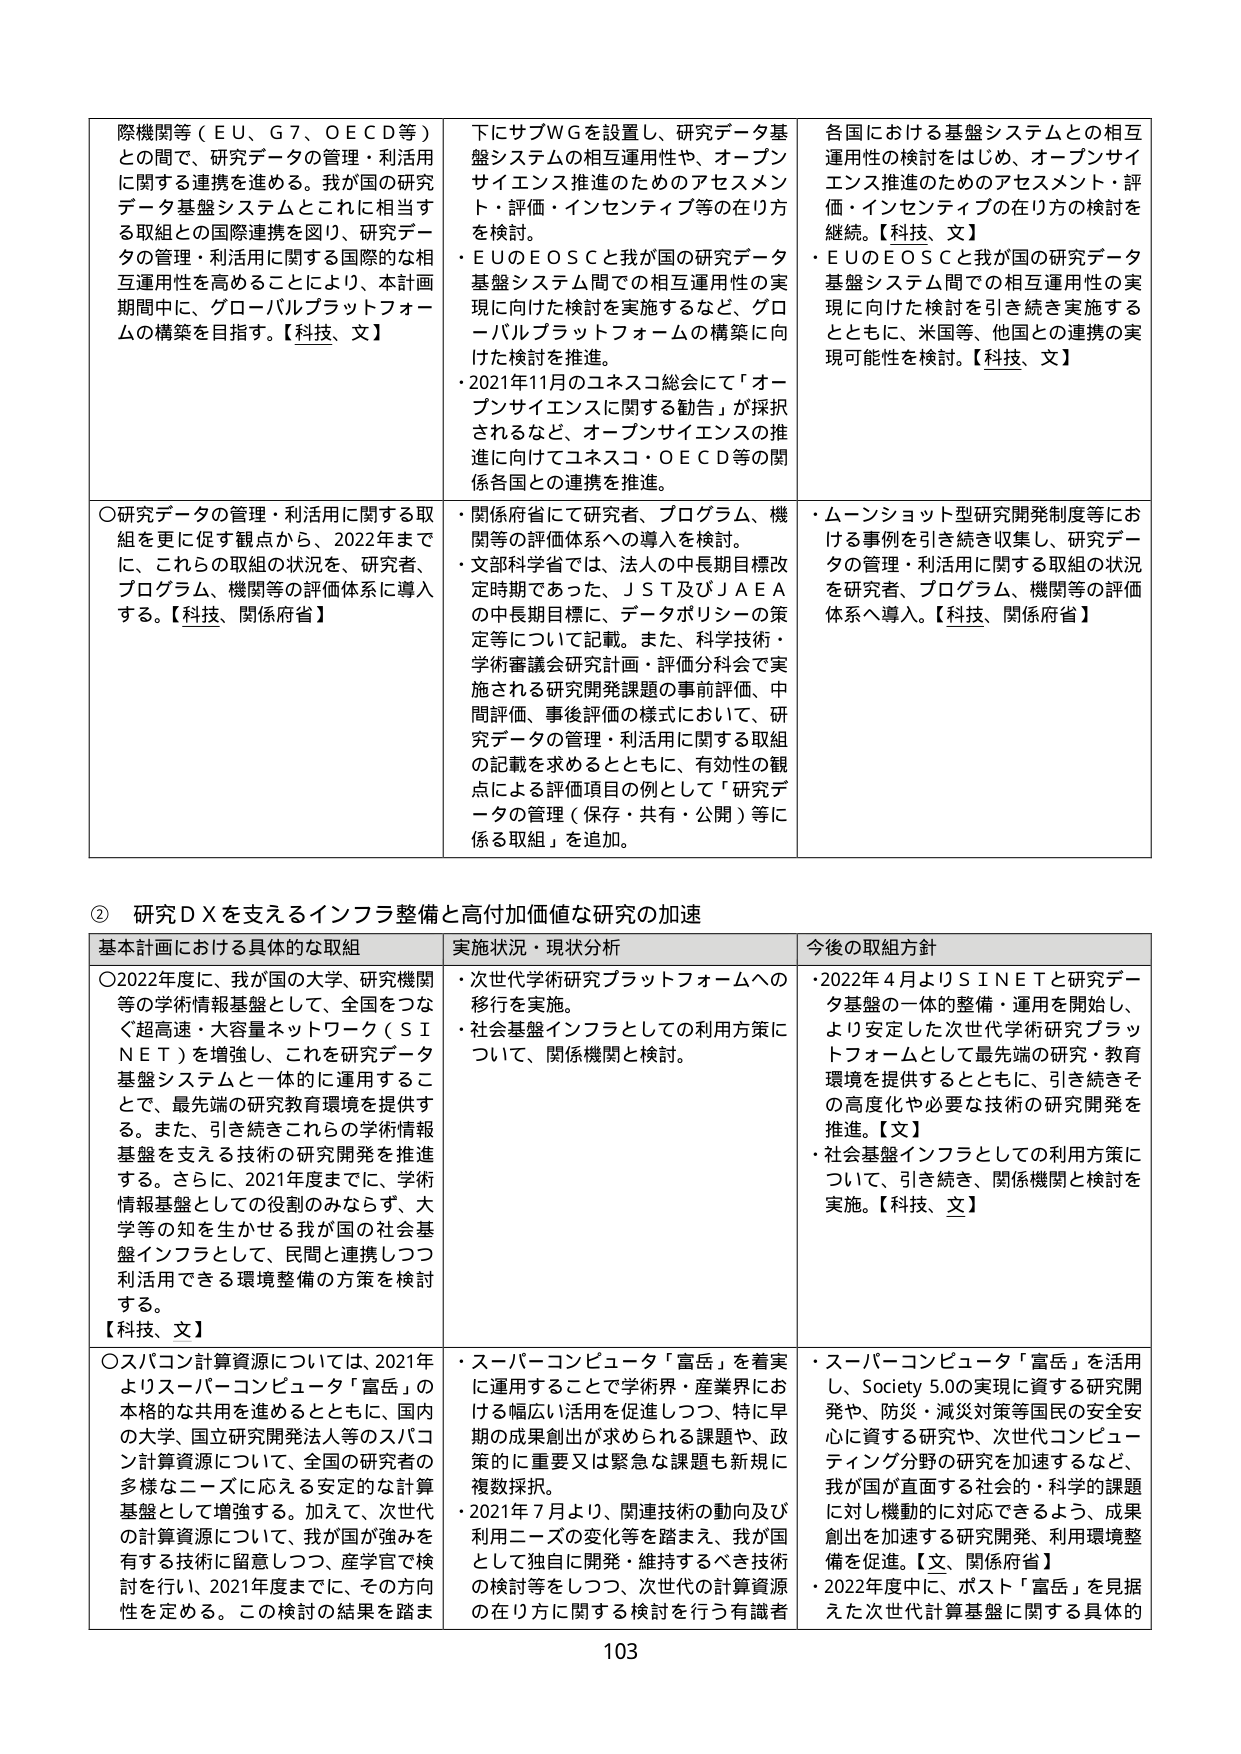
② 研究ＤＸを支えるインフラ整備と高付加価値な研究の加速

基本計画における具体的な取組
〇2022年度に、我が国の大学、研究機関等の学術情報基盤として、全国をつなぐ超高速・大容量ネットワーク（ＳＩＮＥＴ）を増強し、これを研究データ基盤システムと一体的に運用することで、最先端の研究教育環境を提供する。また、引き続きこれらの学術情報基盤を支える技術の研究開発を推進する。さらに、2021年度までに、学術情報基盤としての役割のみならず、大学等の知を生かせる我が国の社会基盤インフラとして、民間と連携しつつ利活用できる環境整備の方策を検討する。【科技、文】
〇スパコン計算資源については、2021年よりスーパーコンピュータ「富岳」の本格的な共用を進めるとともに、国内の大学、国立研究開発法人等のスパコン計算資源について、全国の研究者の多様なニーズに応える安定的な計算基盤として増強する。加えて、次世代の計算資源について、我が国が強みを有する技術に留意しつつ、産学官で検討を行い、2021年度までに、その方向性を定める。この検討の結果を踏ま

実施状況・現状分析
・次世代学術研究プラットフォームへの移行を実施。
・社会基盤インフラとしての利用方策について、関係機関と検討。
・スーパーコンピュータ「富岳」を着実に運用することで学術界・産業界における幅広い活用を促進しつつ、特に早期の成果創出が求められる課題や、政策的に重要又は緊急な課題も新規に複数採択。
・2021年7月より、関連技術の動向及び利用ニーズの変化等を踏まえ、我が国として独自に開発・維持するべき技術の検討等をしつつ、次世代の計算資源の在り方に関する検討を行う有識者

今後の取組方針
・2022年4月よりＳＩＮＥＴと研究データ基盤の一体的整備・運用を開始し、より安定した次世代学術研究プラットフォームとして最先端の研究・教育環境を提供するとともに、引き続きその高度化や必要な技術の研究開発を推進。【文】
・社会基盤インフラとしての利用方策について、引き続き、関係機関と検討を実施。【科技、文】
・スーパーコンピュータ「富岳」を活用し、Society 5.0の実現に資する研究開発や、防災・減災対策等国民の安全安心に資する研究や、次世代コンピューティング分野の研究を加速するなど、我が国が直面する社会的・科学的課題に対し機動的に対応できるよう、成果創出を加速する研究開発、利用環境整備を促進。【文、関係府省】
・2022年度中に、ポスト「富岳」を見据えた次世代計算基盤に関する具体的

際機関等（ＥＵ、Ｇ７、ＯＥＣＤ等）との間で、研究データの管理・利活用に関する連携を進める。我が国の研究データ基盤システムとこれに相当する取組との国際連携を図り、研究データの管理・利活用に関する国際的な相互運用性を高めることにより、本計画期間中に、グローバルプラットフォームの構築を目指す。【科技、文】
〇研究データの管理・利活用に関する取組を更に促す観点から、2022年までに、これらの取組の状況を、研究者、プログラム、機関等の評価体系に導入する。【科技、関係府省】

下にサブＷＧを設置し、研究データ基盤システムの相互運用性や、オープンサイエンス推進のためのアセスメント・評価・インセンティブ等の在り方を検討。
・ＥＵのＥＯＳＣと我が国の研究データ基盤システム間での相互運用性の実現に向けた検討を実施するなど、グローバルプラットフォームの構築に向けた検討を推進。
・2021年11月のユネスコ総会にて「オープンサイエンスに関する勧告」が採択されるなど、オープンサイエンスの推進に向けてユネスコ・ＯＥＣＤ等の関係各国との連携を推進。
・関係府省にて研究者、プログラム、機関等の評価体系への導入を検討。
・文部科学省では、法人の中長期目標改定時期であった、ＪＳＴ及びＪＡＥＡの中長期目標に、データポリシーの策定等について記載。また、科学技術・学術審議会研究計画・評価分科会で実施される研究開発課題の事前評価、中間評価、事後評価の様式において、研究データの管理・利活用に関する取組の記載を求めるとともに、有効性の観点による評価項目の例として「研究データの管理（保存・共有・公開）等に係る取組」を追加。

各国における基盤システムとの相互運用性の検討をはじめ、オープンサイエンス推進のためのアセスメント・評価・インセンティブの在り方の検討を継続。【科技、文】
・ＥＵのＥＯＳＣと我が国の研究データ基盤システム間での相互運用性の実現に向けた検討を引き続き実施するとともに、米国等、他国との連携の実現可能性を検討。【科技、文】
・ムーンショット型研究開発制度等における事例を引き続き収集し、研究データの管理・利活用に関する取組の状況を研究者、プログラム、機関等の評価体系へ導入。【科技、関係府省】

103